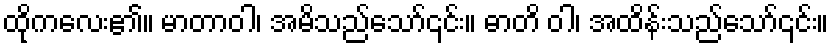
ထိုကလေး၏။ မာတာဝါ၊ အမိသည်သော်၎င်း။ ဓာတိ ဝါ၊ အထိန်းသည်သော်၎င်း။